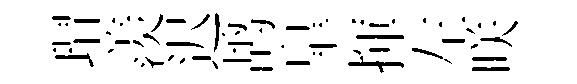
瑁羨迟鸪臯揮左咲